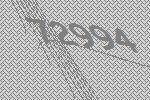
72994